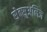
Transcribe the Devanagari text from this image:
सेक्सुअलिज